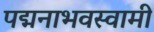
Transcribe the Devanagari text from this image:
पद्मनाभवस्वामी